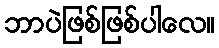
ဘာပဲဖြစ်ဖြစ်ပါလေ။